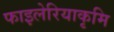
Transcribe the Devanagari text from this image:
फाइलेरियाकृमि